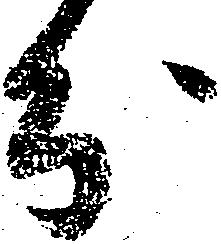
分